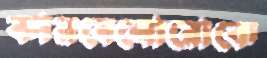
কারবেনোরোকে